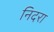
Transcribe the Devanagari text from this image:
निदरा